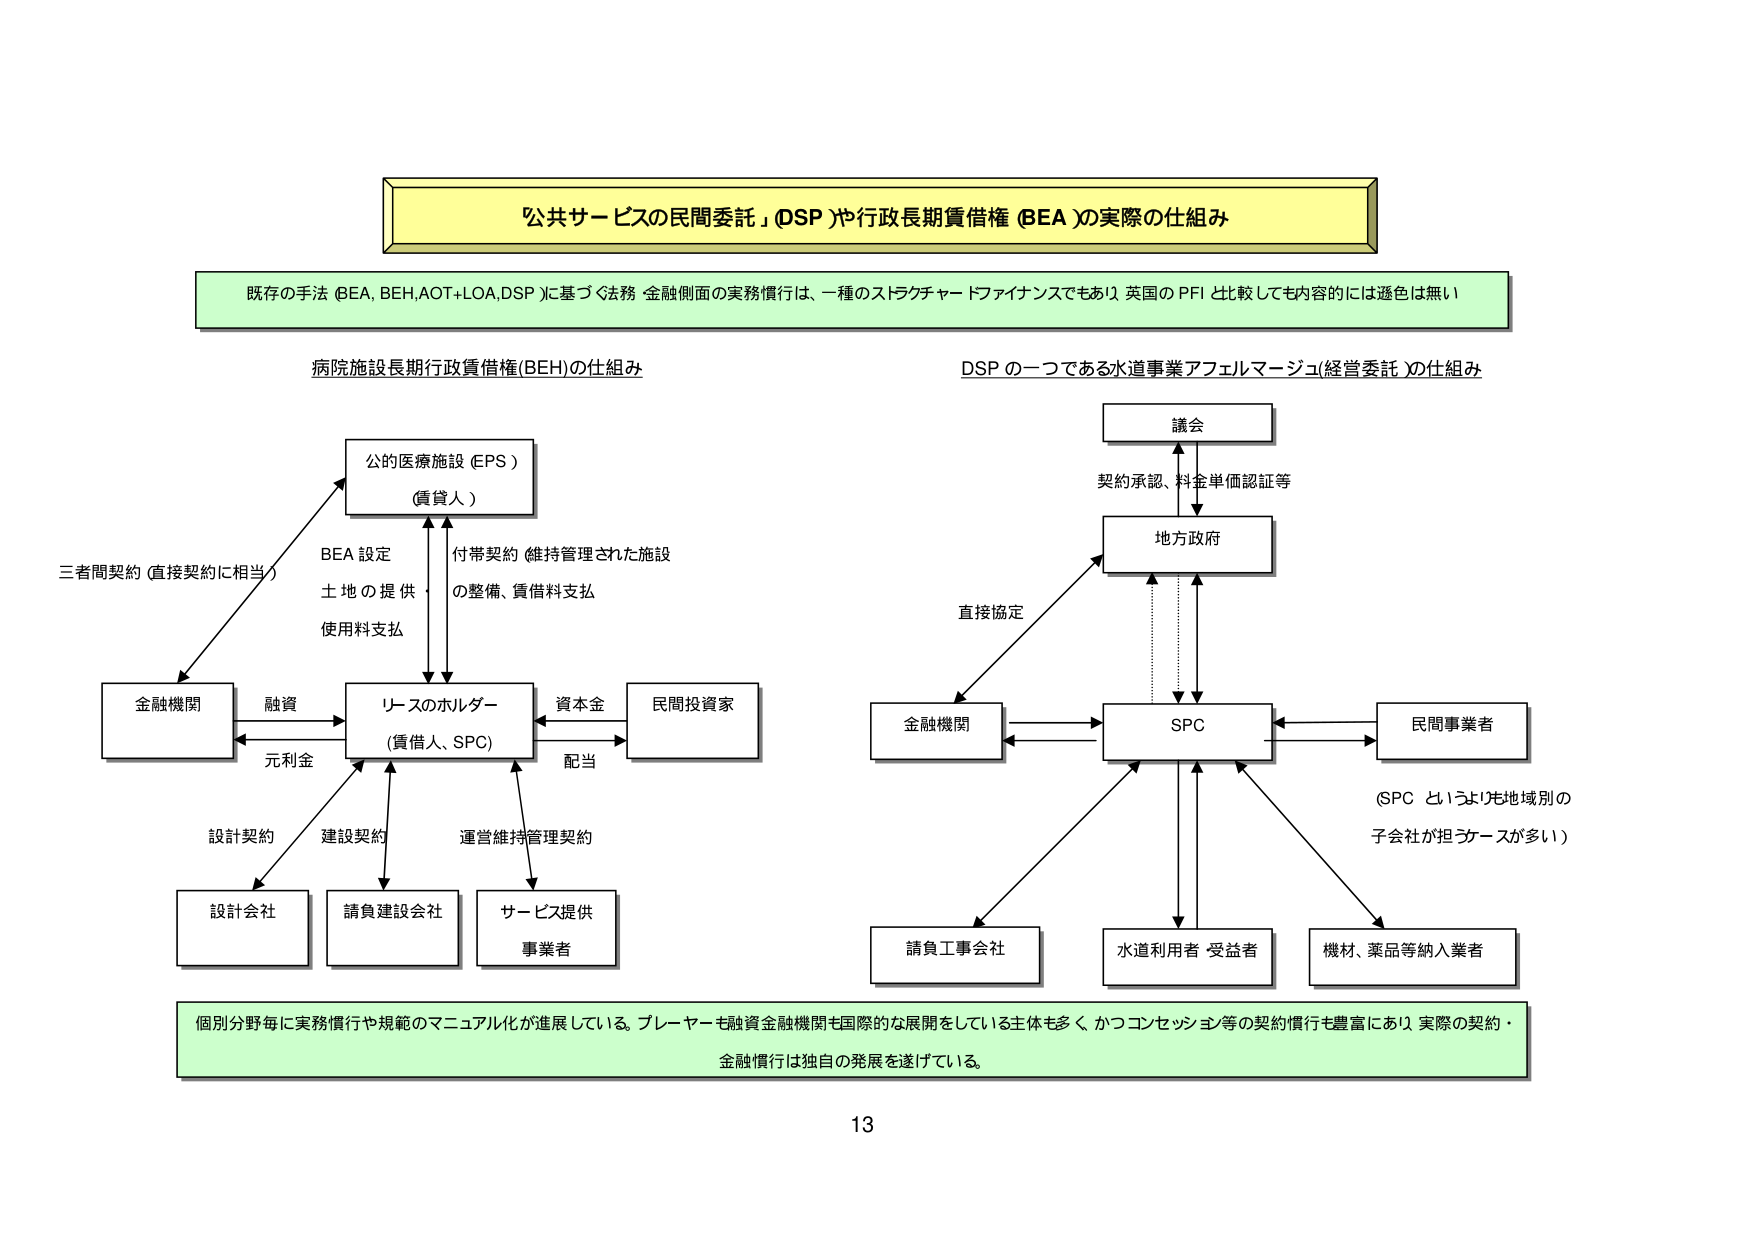
「公共サービスの民間委託」(DSP)や行政長期賃借権 (BEA)の実際の仕組み

既存の手法 (BEA, BEH,AOT+LOA,DSP)に基づく法務・金融側面の実務慣行は、一種のストラクチャードファイナンスでもあり、英国のPFIと比較しても内容的には遜色は無い

病院施設長期行政賃借権(BEH)の仕組み

公的医療施設 (EPS)
(賃貸人)

三者間契約 (直接契約に相当)
BEA 設定
土地の提供
使用料支払

金融機関
融資
元利金

リースのホルダー
(賃借人、SPC)

資本金
配当
民間投資家

設計契約
建設契約
運営維持管理契約

設計会社
請負建設会社
サービス提供
事業者

付帯契約 (維持管理された施設
の整備、賃借料支払

DSP の一つである水道事業アフェルマージュ(経営委託)の仕組み

議会
契約承認、料金単価認証等

地方政府

直接協定

金融機関

SPC

民間事業者
(SPC というより地域別の
子会社が担うケースが多い)

請負工事会社
水道利用者 受益者
機材、薬品等納入業者

個別分野毎に実務慣行や規範のマニュアル化が進展している。プレイヤーも融資金融機関も国際的な展開をしている主体も多く、かつコンセッション等の契約慣行も豊富にあり、実際の契約・
金融慣行は独自の発展を遂げている。

13